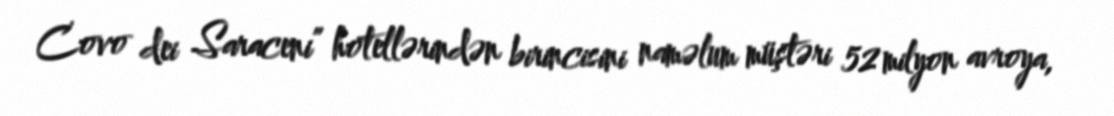
Covo dei Saraceni” hotellərindən birincisini naməlum müştəri 52 milyon avroya,